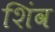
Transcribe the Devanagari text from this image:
शिंव